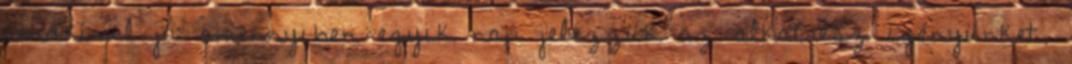
rendkívül jó: amennyiben egyik nap jelezzük az alkatrész igényünket,